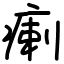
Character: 瘌